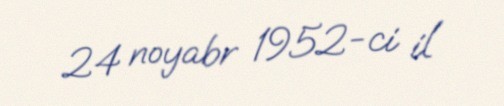
24 noyabr 1952-ci il